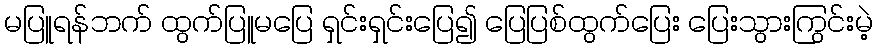
မပြူရန်ဘက် ထွက်ပြူမပြေ ရှင်းရှင်းပြေ၍ ပြေပြစ်ထွက်ပြေး ပြေးသွားကြွင်းမဲ့